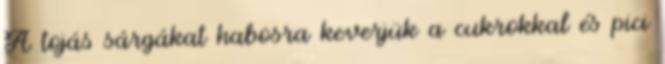
A tojás sárgákat habosra keverjük a cukrokkal és pici